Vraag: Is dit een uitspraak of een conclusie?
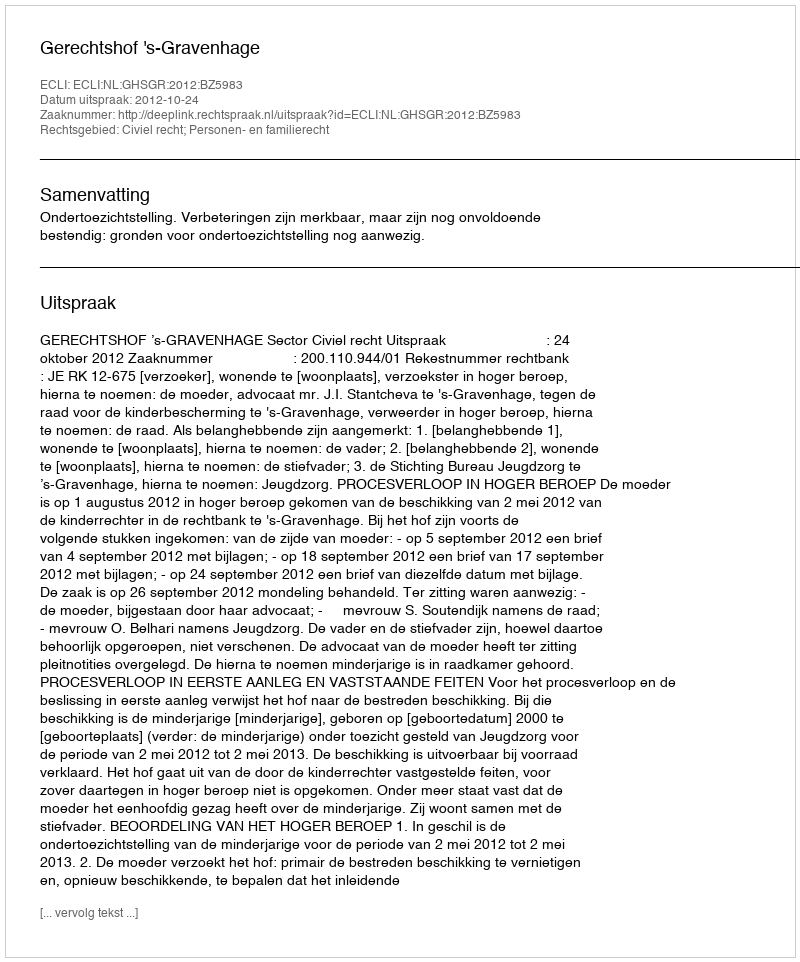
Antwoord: Uitspraak